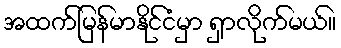
အထက်မြန်မာနိုင်ငံမှာ ရှာလိုက်မယ်။